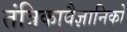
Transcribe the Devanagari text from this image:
तंत्रिकावैज्ञानिको